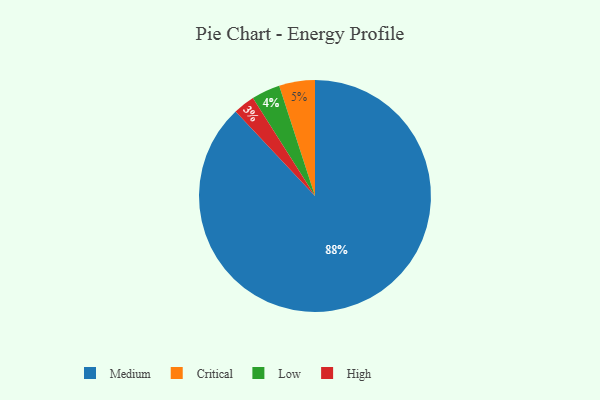
{"axis": {"x": "Category", "y": "Percentage"}, "legend": ["Critical", "High", "Low", "Medium"], "data": [{"x": "Medium", "y": 88, "type": "Medium"}, {"x": "Low", "y": 4, "type": "Low"}, {"x": "Critical", "y": 5, "type": "Critical"}, {"x": "High", "y": 3, "type": "High"}]}